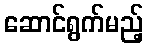
ဆောင်ရွက်မည့်